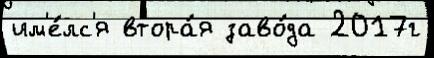
им'е́лс'я втора́я заво́да 2017г